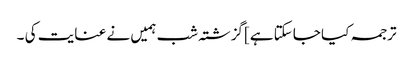
ترجمہ کیا جاسکتا ہے]گزشتہ شب ہمیں نے عنایت کی ۔